65_HS1-834228961_62-HQ-83894_Section_9
Agency: FBI
Page 70
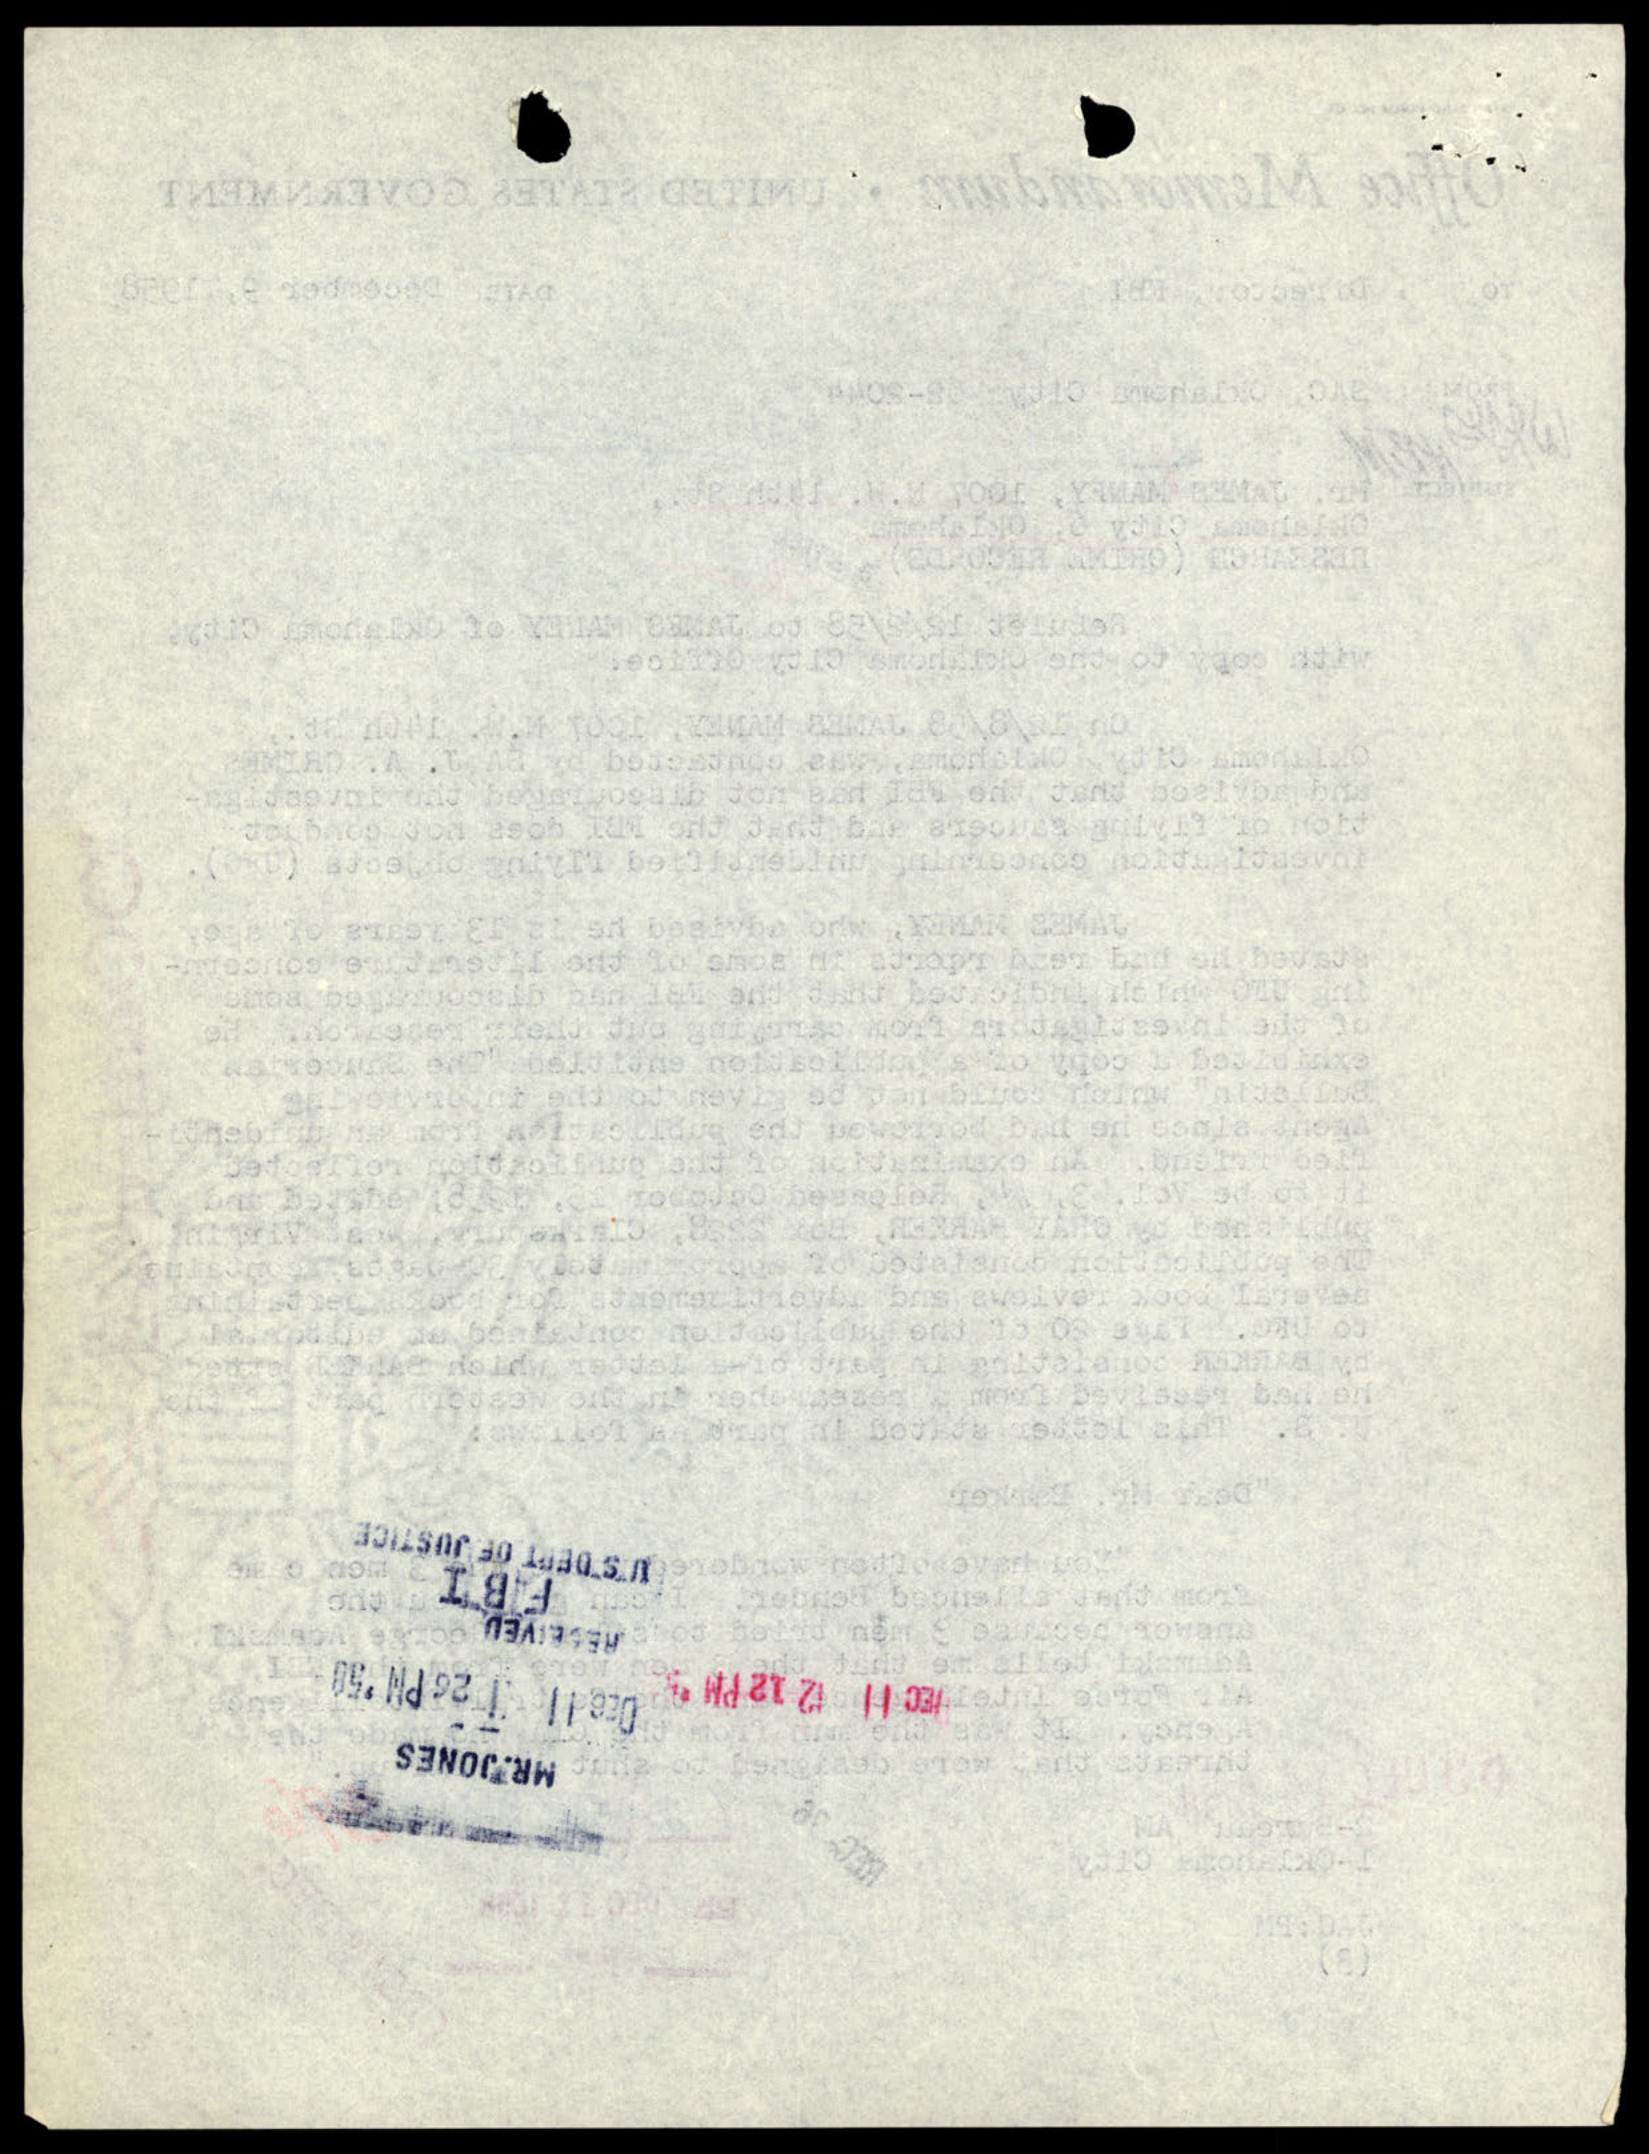